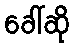
ခေါ်ဆို